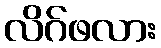
လိဂ်ဖလား